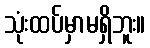
သုံးထပ်မှာမရှိဘူး။